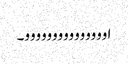
اووووووووووووووو۔